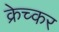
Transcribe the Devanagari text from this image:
क्रेच्कर